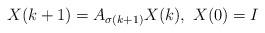
LaTeX: \begin{align*}X(k+1) = A_{\sigma(k+1)}X(k),\ X(0) = I\end{align*}